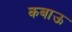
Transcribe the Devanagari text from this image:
कबाऊ